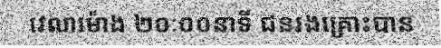
វេលាម៉ោង ២០ៈ០០នាទី ជនរងគ្រោះបាន